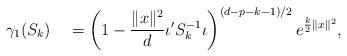
LaTeX: \begin{align*}\gamma_1(S_k) \quad=\left(1-\frac{\|x\|^2}{d}\iota'S_k^{-1}\iota\right)^{(d-p-k-1)/2}e^{\frac{k}{2}\|x\|^2},\end{align*}